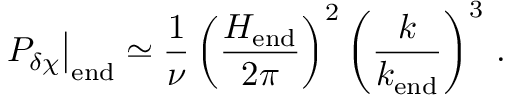
\left. { \cal P } _ { \delta \chi } \right| _ { \mathrm { e n d } } \simeq \frac { 1 } { \nu } \left( \frac { H _ { \mathrm { e n d } } } { 2 \pi } \right) ^ { 2 } \left( \frac { k } { k _ { \mathrm { e n d } } } \right) ^ { 3 } \, .